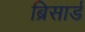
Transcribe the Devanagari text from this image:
ब्रिसार्ड